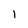
Character: I